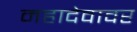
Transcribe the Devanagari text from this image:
महादेवावर